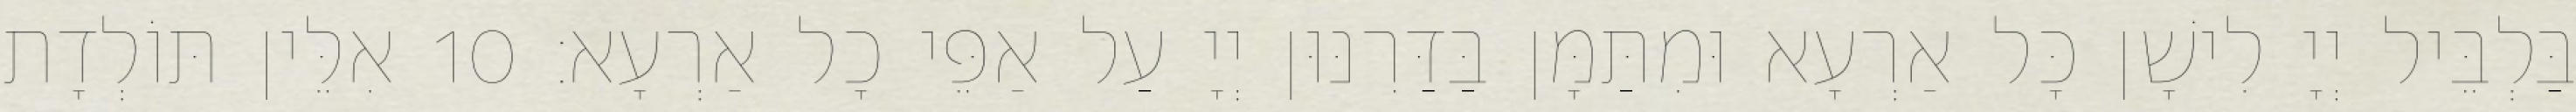
בַּלְבֵּיל יְיָ לִישָׁן כָּל אַרְעָא וּמִתַּמָּן בַּדַּרִנּוּן יְיָ עַל אַפֵּי כָל אַרְעָא׃ 10 אִלֵּין תּוֹלְדָת